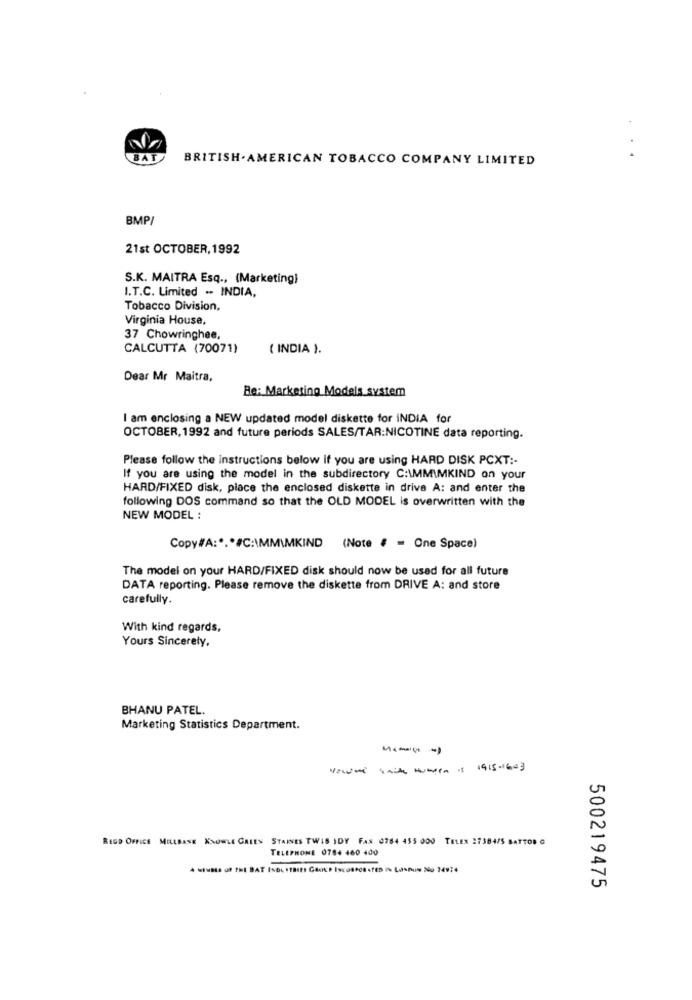
BAT
BRITISH. AMERICAN TOBACCO COMPANY LIMITED
BMP/
21st OCTOBER, 1992
S.K. MAITRA Esq ., (Marketing)
I.T.C. Limited .- INDIA,
Tobacco Division,
Virginia House,
37 Chowringhee,
CALCUTTA (70071)
( INDIA ).
Dear Mr Maitra,
Re: Marketing Models system
I am enclosing a NEW updated model diskette for INDIA for
OCTOBER, 1992 and future periods SALES/TAR:NICOTINE data reporting.
Please follow the instructions below if you are using HARD DISK PCXT :-
If you are using the model in the subdirectory C:\MMIMKIND on your
HARD/FIXED disk, place the enclosed diskette in drive A: and enter the
following DOS command so that the OLD MODEL is overwritten with the
NEW MODEL :
Copy#A :*.* #C:\MM\MKIND (Note # = One Space)
The model on your HARD/FIXED disk should now be used for all future
DATA reporting. Please remove the diskette from DRIVE A: and store
carefully.
With kind regards,
Yours Sincerely,
BHANU PATEL.
Marketing Statistics Department.
vousne sait Numera is 1915-1643
REGD OFFICE MELLBANE KNOWLE GALES STARNES TWIS IDY FAN 0764 455 000 TELER 27384/5 BATTOR G
TELEPHONE 0784 460 400
500219475